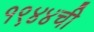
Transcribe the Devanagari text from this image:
१९४४ची